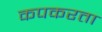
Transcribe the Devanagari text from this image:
कपकरता